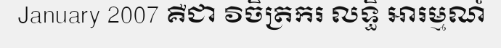
January 2007 គឺជា វិចិត្រករ លទ្ធិ អារម្មណ៍